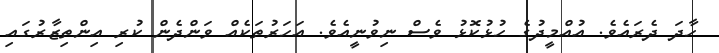
ހާދަ ދެރައެވެ. އުއްމީދުގެ ހުޅުކޮޅު ވެސް ނިވުނީއެވެ. އަހަރުތަކެއް ވަންދެން ކުރި އިންތިޒާރުގައި